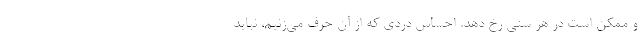
و ممکن است در هر سنی رخ دهد. احساس دردی که از آن حرف می‌زنیم، نباید